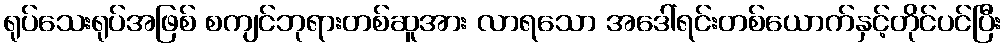
ရုပ်သေးရုပ်အဖြစ် စကျင်ဘုရားတစ်ဆူအား လာရသော အဒေါ်ရင်းတစ်ယောက်နှင့်တိုင်ပင်ပြီး